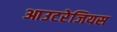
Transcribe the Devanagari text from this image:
आउटरेजियस